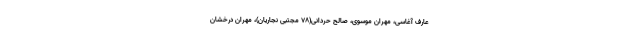
عارف آغاسی، مهران موسوی، صالح حردانی(۷۸ مجتبی نجاریان)، مهران درخشان